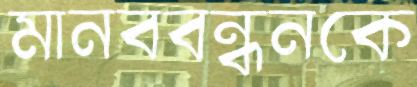
মানববন্ধনকে